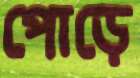
পোড়ে